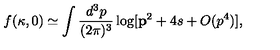
f ( \kappa , 0 ) \simeq \int \frac { d ^ { 3 } p } { ( 2 \pi ) ^ { 3 } } \log [ { \bf p } ^ { 2 } + 4 s + O ( p ^ { 4 } ) ] ,